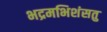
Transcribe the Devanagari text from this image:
भद्रमभिशंसतु